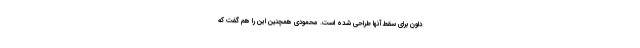
داون برای سقط آنها طراحی شده است. محمودی همچنین این را هم گفت که